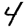
Digit: 4